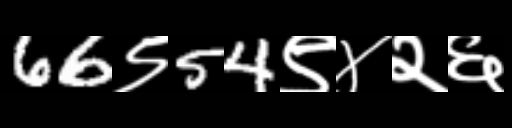
Text: 66९54९४२६